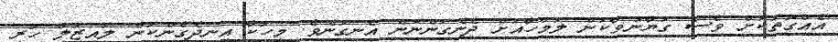
އެއްގޮތަކަށް ވެސް ގަޔާނުވާކަން ލަމްހާއަށް ދެނެގަންނަން އެނގުނެވެ. މީހަކާ އިނދެގެންކަން ލައިޒަލް ހުރީ